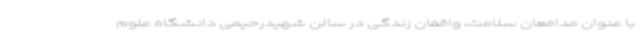
با عنوان مدافعان سلامت، واقفان زندگی در سالن شهیدرحیمی دانشگاه علوم